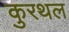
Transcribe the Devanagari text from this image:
कुरथल